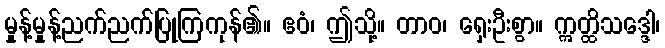
မှုန့်မှုန့်ညက်ညက်ပြုကြကုန်၏။ ဧဝံ၊ ဤသို့။ တာဝ၊ ရှေးဦးစွာ။ ဣတ္ထိသဒ္ဒေါ၊